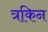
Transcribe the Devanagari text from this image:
त्रकिन